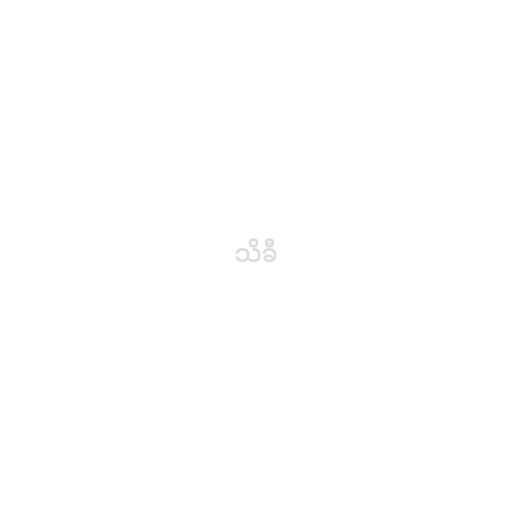
သိခီ